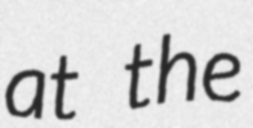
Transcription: at the